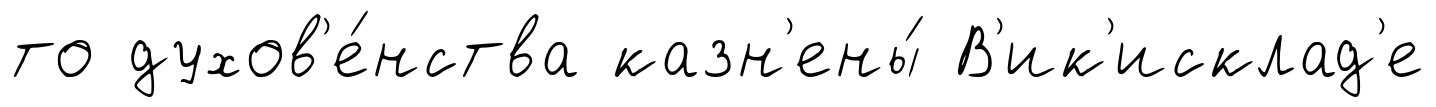
то духов'е́нства казн'ены́ В'ик'исклад'е